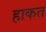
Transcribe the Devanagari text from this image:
हाकत